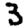
Digit: 3